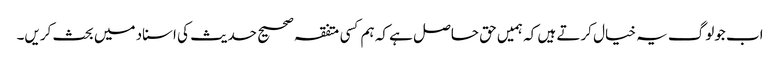
اب جولوگ یہ خیال کرتے ہیں کہ ہمیں حق حاصل ہے کہ ہم کسی متفقہ صحیح حدیث کی اسناد میں بحث کریں۔